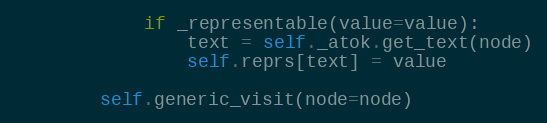
Language: Python
            if _representable(value=value):
                text = self._atok.get_text(node)
                self.reprs[text] = value

        self.generic_visit(node=node)